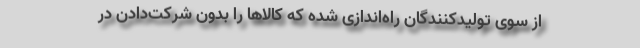
از سوی تولیدکنندگان راه‌اندازی شده که کالاها را بدون شرکت‌دادن در